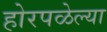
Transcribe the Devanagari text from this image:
होरपळेल्या